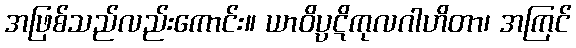
အဖြစ်သည်လည်းကောင်း။ ယာဝိပ္ပဋိကုလဂါဟိတာ၊ အကြင်